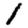
Digit: 1